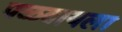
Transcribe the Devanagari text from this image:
पळवायला